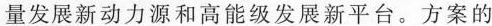
量发展新动力源和高能级发展新平台。方案的